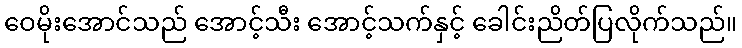
ဝေမိုးအောင်သည် အောင့်သီး အောင့်သက်နှင့် ခေါင်းညိတ်ပြလိုက်သည်။